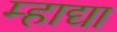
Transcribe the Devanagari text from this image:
म्हाद्या